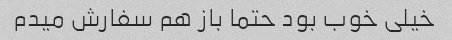
خیلی خوب بود حتما باز هم سفارش میدم